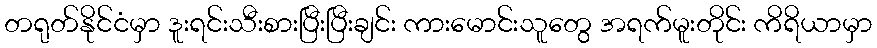
တရုတ်နိုင်ငံမှာ ဒူးရင်းသီးစားပြီးပြီးချင်း ကားမောင်းသူတွေ အရက်မူးတိုင်း ကိရိယာမှာ